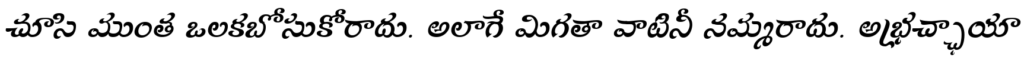
చూసి ముంత ఒలకబోసుకోరాదు. అలాగే మిగతా వాటినీ నమ్మరాదు. అభ్రచ్ఛాయా